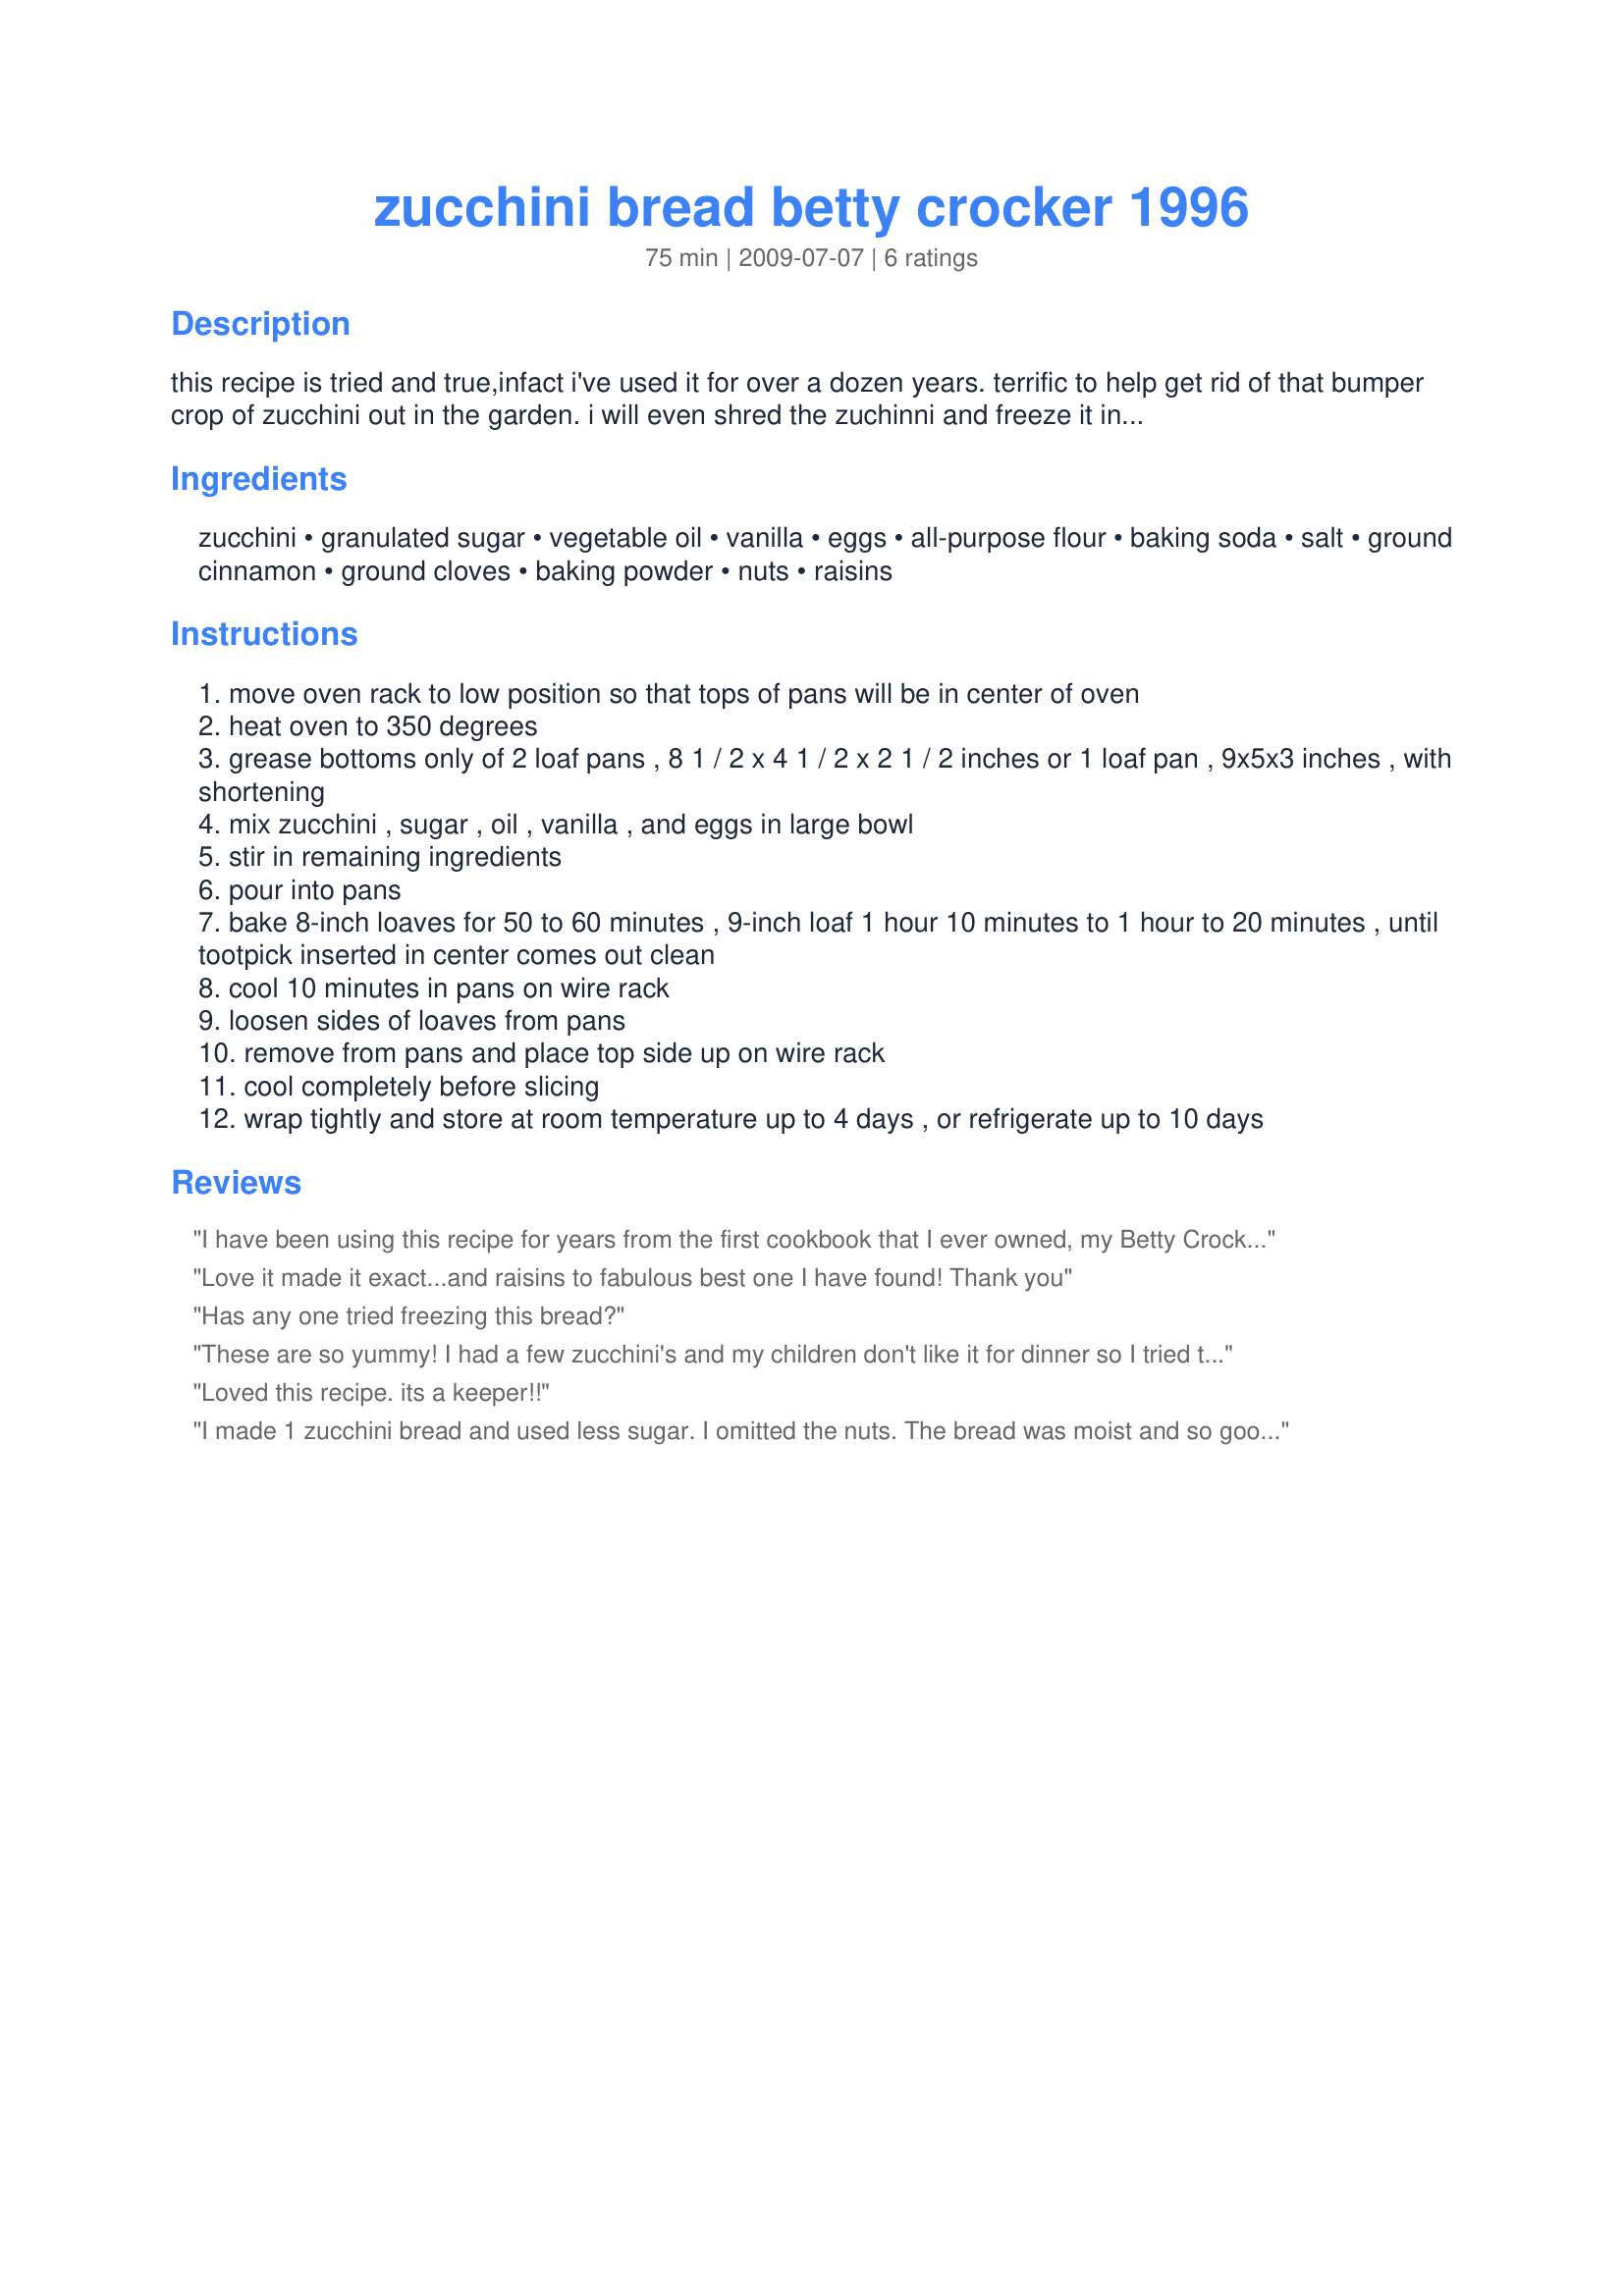
zucchini bread betty crocker 1996
Preparation time: 75 minutes

this recipe is tried and true,infact i've used it for over a dozen years. terrific to help get rid of that bumper crop of zucchini out in the garden. i will even shred the zuchinni and freeze it in ziplocks for the winter time when i go on my baking sprees. the spices really make this recipe, thanks to the cinnamon and cloves. enjoy!!!

Ingredients:
zucchini, granulated sugar, vegetable oil, vanilla, eggs, all-purpose flour, baking soda, salt, ground cinnamon, ground cloves, baking powder, nuts, raisins

Steps:
move oven rack to low position so that tops of pans will be in center of oven
heat oven to 350 degrees
grease bottoms only of 2 loaf pans , 8 1 / 2 x 4 1 / 2 x 2 1 / 2 inches or 1 loaf pan , 9x5x3 inches , with shortening
mix zucchini , sugar , oil , vanilla , and eggs in large bowl
stir in remaining ingredients
pour into pans
bake 8-inch loaves for 50 to 60 minutes , 9-inch loaf 1 hour 10 minutes to 1 hour to 20 minutes , until tootpick inserted in center comes out clean
cool 10 minutes in pans on wire rack
loosen sides of loaves from pans
remove from pans and place top side up on wire rack
cool completely before slicing
wrap tightly and store at room temperature up to 4 days , or refrigerate up to 10 days

Reviews:
I have been using this recipe for years from the first cookbook that I ever owned, my Betty Crocker&#039;s Big Red Cookbook from high school home economics class. I grease all sides of loaf pan with shortening and dust with flour to prevent sticking. Although I enjoy Zucchini Bread with raisins and walnuts, I make it for my father without either (he detests raisins and has a nut allergy). It is delicious both ways. I recommend tightly wrapping the uncut, fully-cooled loaf in plastic wrap and aluminum foil and allowing it to set for 3 days at room temperature to combine flavors and increase moistness (the resting period really improves the taste and texture of the Zucchini Bread.) Then, store it in the refrigerator. Thank you, Johnsdeere, for posting this wonderful recipe from my favorite cookbook!
Love it made it exact...and raisins to fabulous best one I have found! Thank you
Has any one tried freezing this bread?
These are so yummy! I had a few zucchini's and my children don't like it for dinner so I tried this recipe. To make it more kid friendly I finely chopped the zucchini in the food processor, made mini muffins instead of loaves, and fed it to them in a dark room while they were watching t.v. so they wouldn't see the green specs. I also changed the name to "Really Yummy Muffins". They were wise to me when they turned the lights on but the muffins were gone by the next day and they were asking for more. Thanks for posting!
Loved this recipe. its a keeper!!
I made 1 zucchini bread and used less sugar. I omitted the nuts. The bread was moist and so good. Thanks Johnsdeere :) Made for PAC Fall 2012
